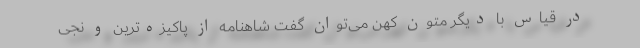
در قیاس با دیگر متون کهن می‌توان گفت شاهنامه از پاکیزه‌ترین و نجی